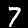
Label: 7